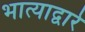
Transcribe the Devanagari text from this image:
भात्याद्वारे